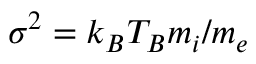
\sigma ^ { 2 } = k _ { B } T _ { B } m _ { i } / m _ { e }